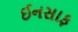
ઈનસાફ